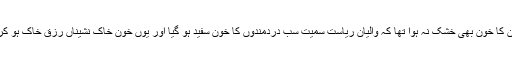
چند ماہ بعد کہ ابھی مقتولین کا خون بھی خشک نہ ہوا تھا کہ والیانِ ریاست سمیت سب دردمندوں کا خون سفید ہو گیا اور یوں خونِ خاک نشیناں رزق خاک ہو کر قصے کو بے باق کرگیا۔